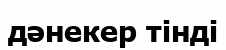
дәнекер тінді